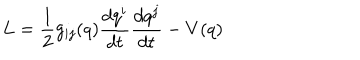
L = \frac { 1 } { 2 } g _ { i j } ( q ) \frac { d q ^ { i } } { d t } \frac { d q ^ { j } } { d t } - V ( q )